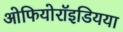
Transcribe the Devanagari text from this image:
ओफियोरॉइडियया